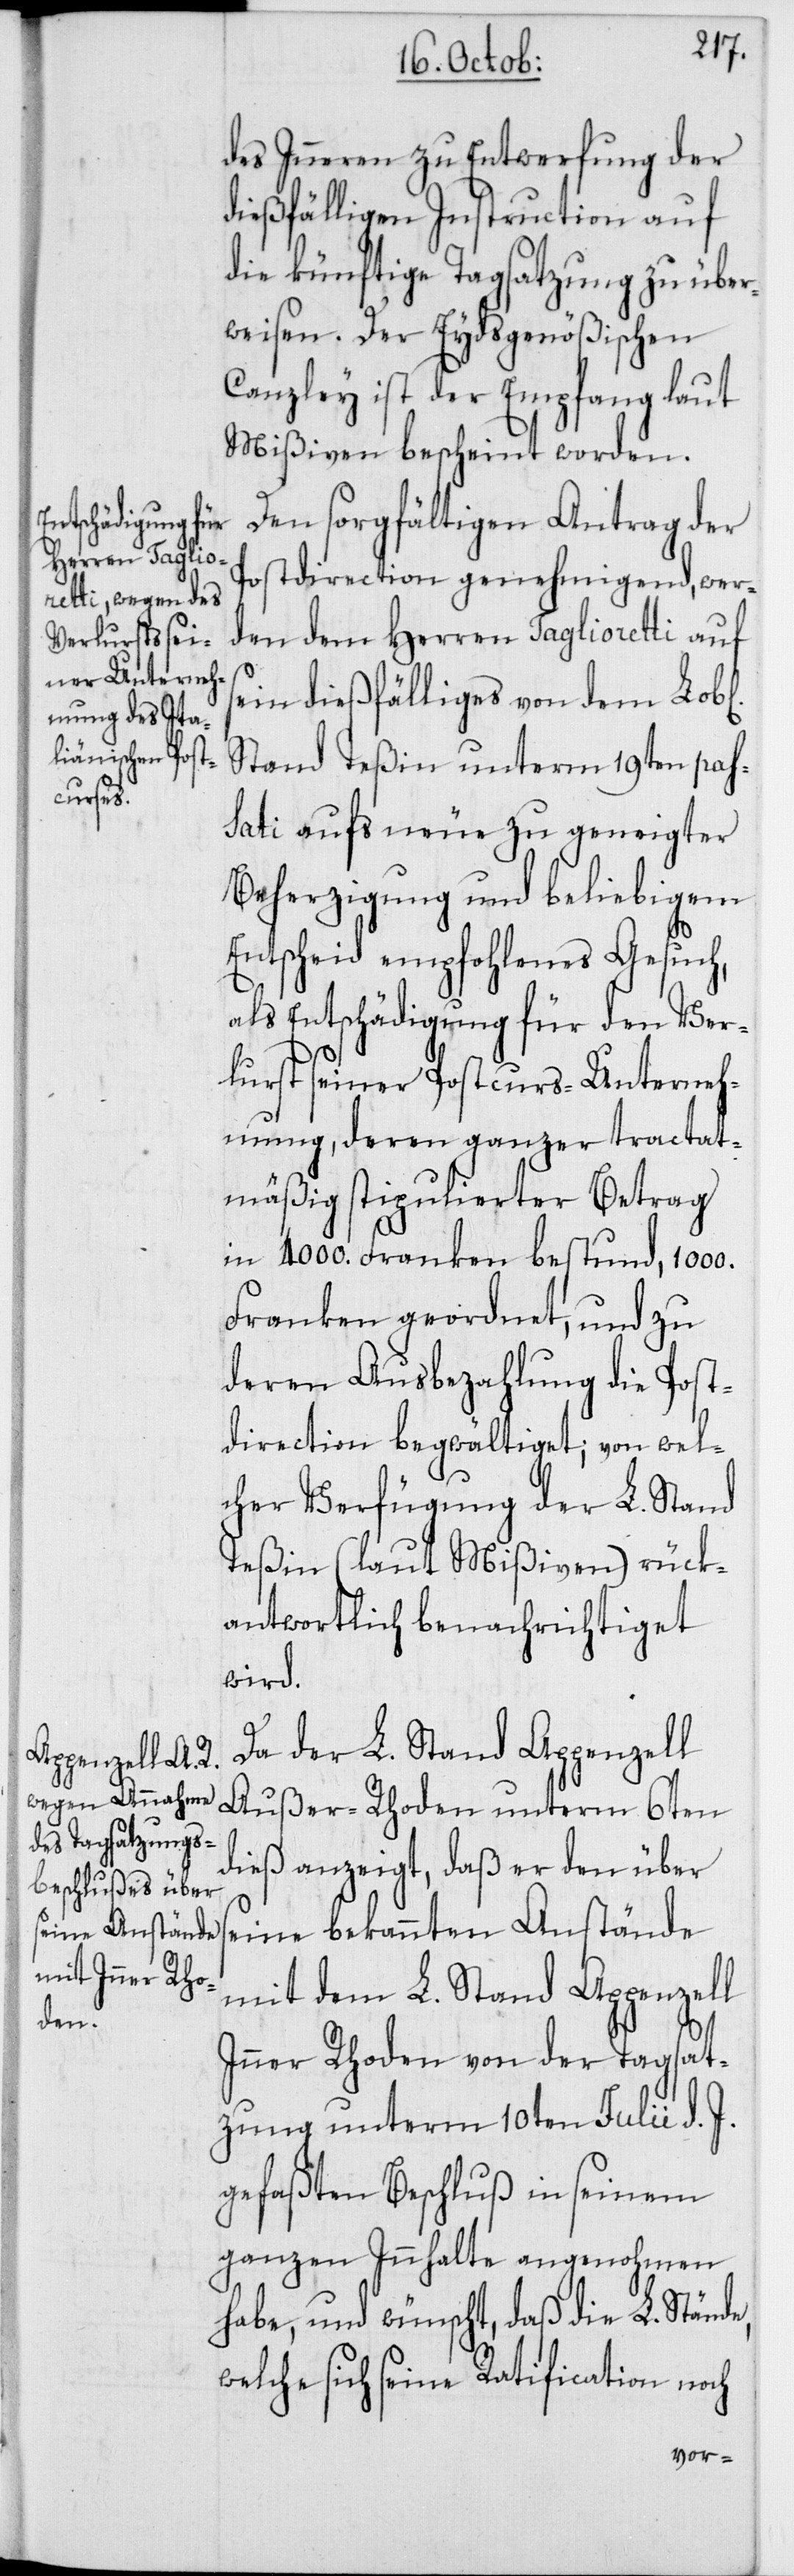
ichen]

des Inneren zu Entwerfung der
dießfälligen Instruction auf
die künftige Tagsatzung zu über¬
weisen. Der Eydsgenößischen
Canzley ist der Empfang laut
Mißiven bescheint worden.
Den sorgfältigen Antrag der
Postdirection genehmigend, wer¬
den dem Herren Taglioretti auf
sein dießfälliges von dem Lob[l¬
Stand Teßin unterm 19ten pas¬
sati aufs neue zu geneigter
Beherzigung und beliebigem
Entscheid empfohlenes Gesuch,
als Entschädigung für den Ver¬
lurst seiner Postcurs-Unterneh¬
mung, deren ganzer tractat¬
mäßig stipulierter Betrag
in 4000. Franken bestund, 1000.
Franken geordnet, und zu
deren Ausbezahlung die Post¬
direction begwältiget; von wel¬
cher Verfügung der L. Stand
Teßin (laut Mißiven) rück¬
antwortlich benachrichtiget
wird.
Da der L. Stand Appenzell
Außer-Rhoden unterm 6ten
dieß anzeigt, daß er den über
seine bekannten Anstände
mit dem L. Stand Appenzell
Inner Rhoden von der Tagsat¬
zung unterm 10ten Julii d. J.
gefaßten Beschluß in seinem
ganzen Innhalte angenohmen
habe, und wünscht, daß die L. Stände,
welche sich seine Ratification noch